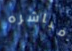
مباشره